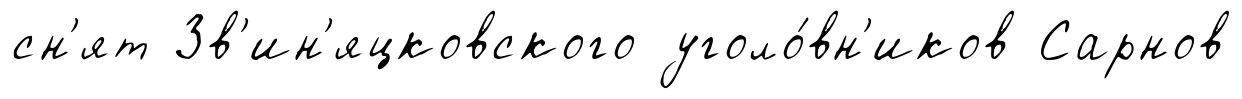
сн'ят Зв'ин'яцковского уголо́вн'иков Сарнов